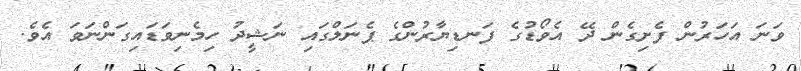
ވަނަ އަހަރުން ފެށިގެން ދޭ އެވޯޑުގެ ފަނޑިޔާރުންގެ ޕެނަލްގައި ނަޝީދު ހިމެނިވަޑައިގަންނަވަ އެވެ.